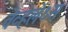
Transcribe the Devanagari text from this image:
वेव्हलेंथ्स